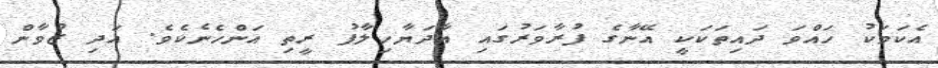
އެކަމަކު ހައްވަ ދައިތަކަކީ އޭނާގެ ފުރާވަރުގައި އާދަޔާހިލާފު ރީތި އަންހެނެކެވެ. އަދި ޒުވާން